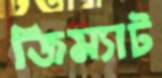
জিম্যাট